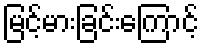
မြင့်မားခြင်းကြောင့်